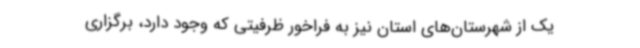
یک از شهرستان‌های استان نیز به فراخور ظرفیتی که وجود دارد، برگزاری